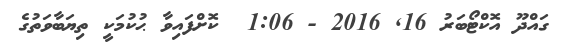
ގައްދޫ އޮކްޓޯބަރު 16